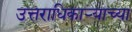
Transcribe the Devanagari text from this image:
उत्तराधिकाऱ्याच्या